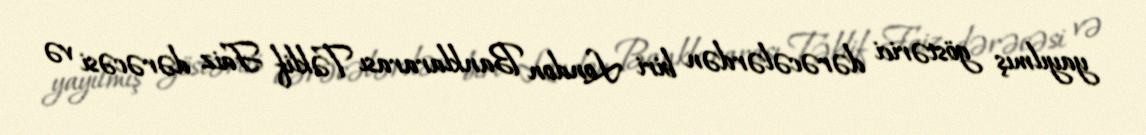
yayılmış göstərici dərəcələrdən biri London Banklararası Təklif Faiz dərəcəsi və